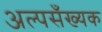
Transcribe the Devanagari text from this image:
अल्पसँख्यक